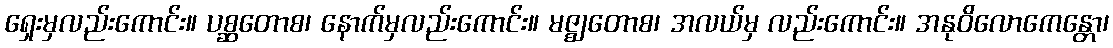
ရှေးမှလည်းကောင်း။ ပစ္ဆတောစ၊ နောက်မှလည်းကောင်း။ မဇ္ဈတောစ၊ အလယ်မှ လည်းကောင်း။ အနုဝိလောကေန္တော၊